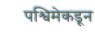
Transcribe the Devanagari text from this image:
पश्विमेकडून